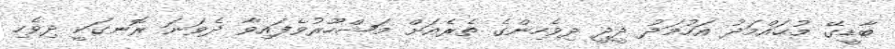
ބާޑީގޭ މުޙައްމަދު އަހުމަދު ދީދީ ދިވެހިންގެ ތެރެއަށް މަޝްހޫރުވެފައިވާ ދެވަނަ ރޮނގަކީ ދިވެހި